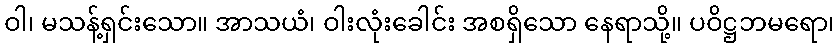
ဝါ၊ မသန့်ရှင်းသော။ အာသယံ၊ ဝါးလုံးခေါင်း အစရှိသော နေရာသို့။ ပဝိဋ္ဌဘမရော၊